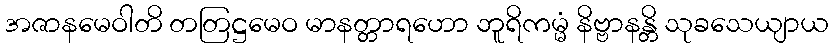
အဇာနမေဝါတိ တတြဋ္ဌမေဝ မာနတ္တာရဟော ဘူရိကမ္မံ နိဗ္ဗာနန္တိ သုခသေယျာယ